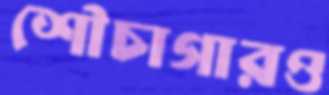
শৌচাগারও